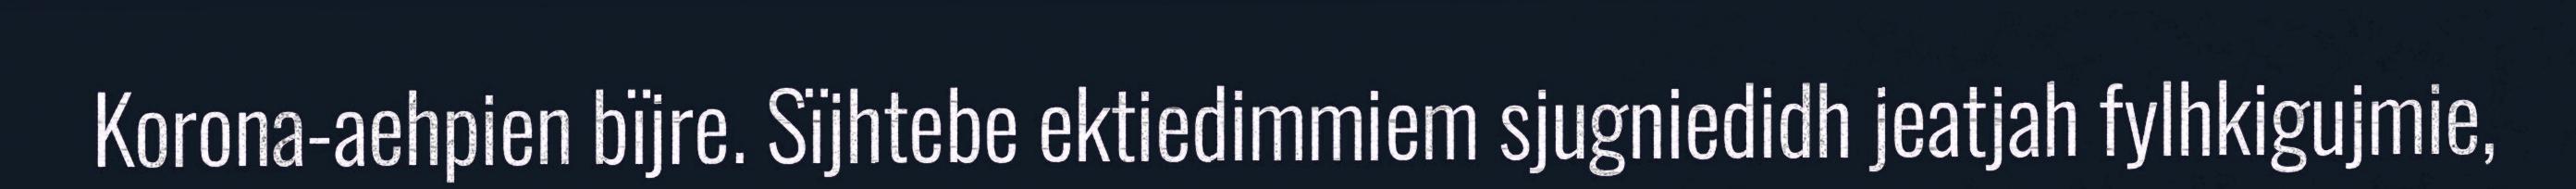
Korona-aehpien bïjre. Sïjhtebe ektiedimmiem sjugniedidh jeatjah fylhkigujmie,